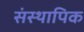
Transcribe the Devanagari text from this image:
संस्थापिक